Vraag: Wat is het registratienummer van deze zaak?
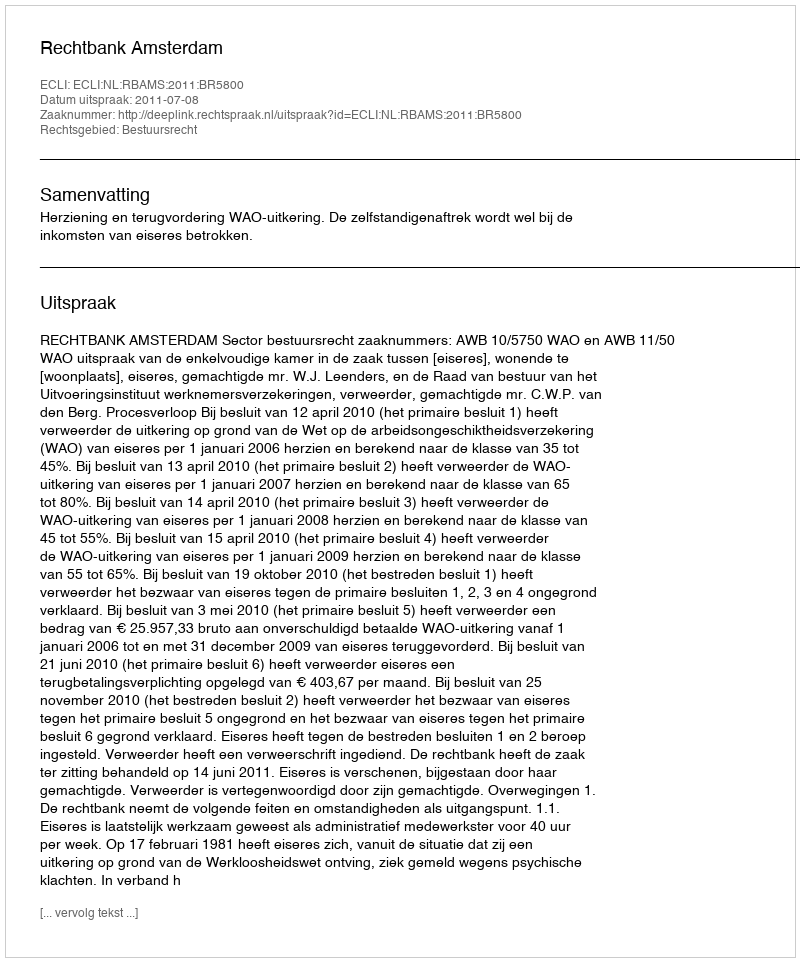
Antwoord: http://deeplink.rechtspraak.nl/uitspraak?id=ECLI:NL:RBAMS:2011:BR5800